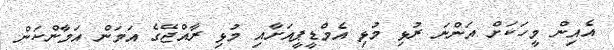
އެއިން މީހަކަށް އަންނަ ރުޅި މުޅި އެމްޑީޕީއަށާއި މުޅި ރާއްޖޭގެ އަމަން އަމާންކަން